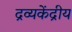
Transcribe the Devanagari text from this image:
द्रव्यकेंद्रीय